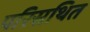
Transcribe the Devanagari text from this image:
परिसथित